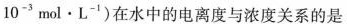
10-'mol·L-')在水中的电离度与浓度关系的是